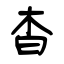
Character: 杳